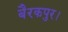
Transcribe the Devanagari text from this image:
बैरकपुर।